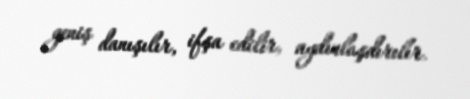
geniş danışılır, ifşa edilir, aydınlaşdırılır.